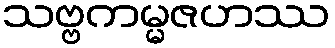
သဗ္ဗကမ္မဇဟဿ